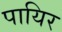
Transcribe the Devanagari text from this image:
पायिर